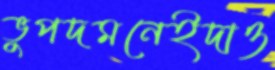
ভুপদমনেইদাও